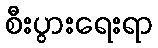
စီးပွားရေးရာ